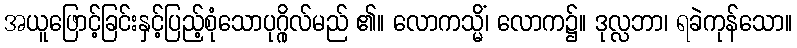
အယူဖြောင့်ခြင်းနှင့်ပြည့်စုံသောပုဂ္ဂိုလ်မည် ၏။ လောကသ္မိံ၊ လောက၌။ ဒုလ္လဘာ၊ ရခဲကုန်သော။